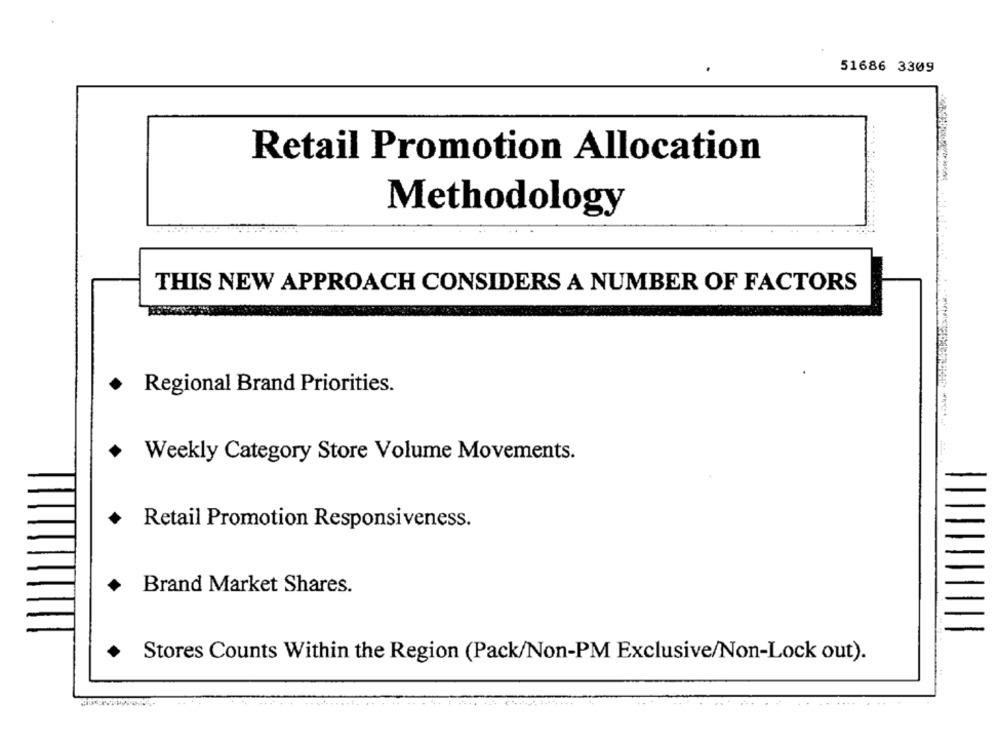
51686 3309
Retail Promotion Allocation
-
Methodology
THIS NEW APPROACH CONSIDERS A NUMBER OF FACTORS
Regional Brand Priorities.
+ Weekly Category Store Volume Movements.
Retail Promotion Responsiveness.
Brand Market Shares.
Stores Counts Within the Region (Pack/Non-PM Exclusive/Non-Lock out).